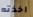
اخذته